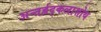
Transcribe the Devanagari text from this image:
अन्तर्ह्रद्कलाशोथ